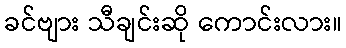
ခင်ဗျား သီချင်းဆို ကောင်းလား။